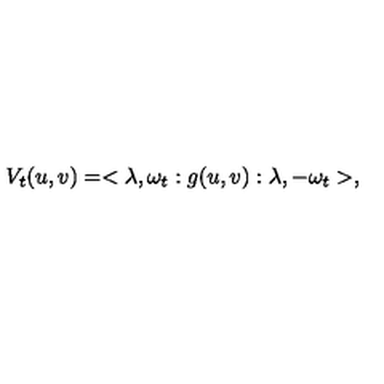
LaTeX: V _ { t } ( u , v ) = < \lambda , \omega _ { t } : g ( u , v ) : \lambda , - \omega _ { t } > ,